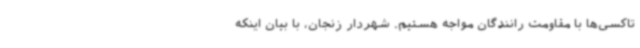
تاکسی‌ها با مقاومت رانندگان مواجه هستیم. شهردار زنجان، با بیان اینکه